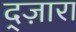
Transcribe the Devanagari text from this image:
द्ज़ारा